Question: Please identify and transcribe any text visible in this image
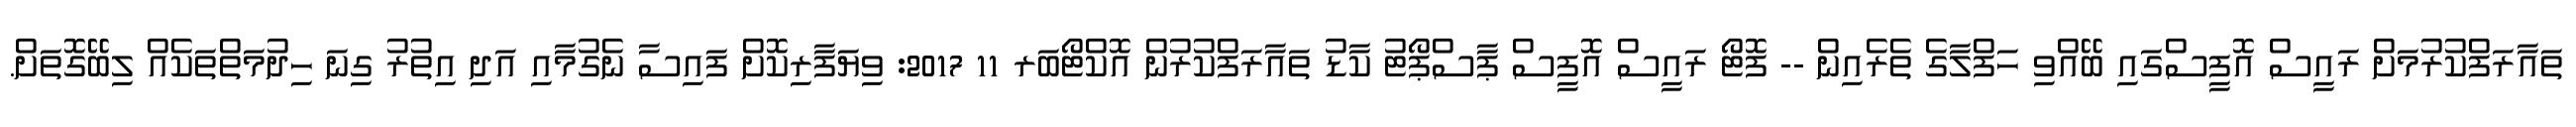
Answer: ތައާރަފްކުރުމަށް ރައީސް އޮފީސްގައި ބޭއްވި ހަފްލާގެ ތެރެއިން -- ފޮޓޯ ރައީސް އޮފީސް ޕާސްޕޯޓު ކާޑު ތައާރަފްކުރުން އޮކްޓޯބަރ 11 2017: ވިޔަފާރިކޮށް ފައިސާ ނެގުމާއި އަދި އިތުރު ގިނަ ހިދުމަތްތަކެއް ލިބޭގޮތަށް.